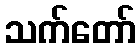
သက်တော်